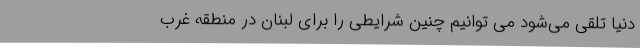
دنیا تلقی می‌شود می توانیم چنین شرایطی را برای لبنان در منطقه غرب